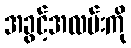
အခွင့်အလမ်းကို